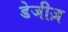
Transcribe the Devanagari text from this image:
डेजीज़